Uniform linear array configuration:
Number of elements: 4
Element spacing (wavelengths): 0.5
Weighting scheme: exponential
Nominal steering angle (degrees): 15
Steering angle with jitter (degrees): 14.318
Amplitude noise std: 0.05
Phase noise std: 0.05

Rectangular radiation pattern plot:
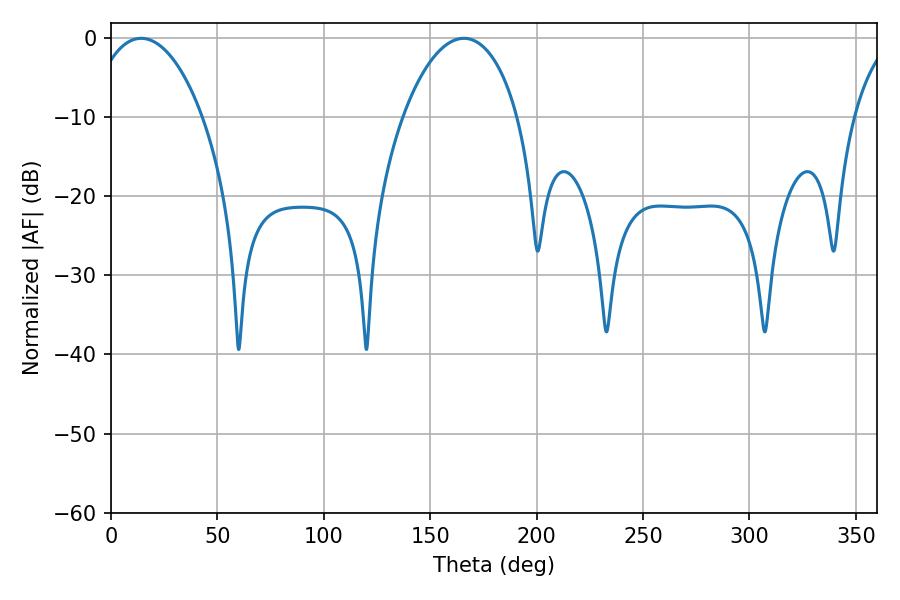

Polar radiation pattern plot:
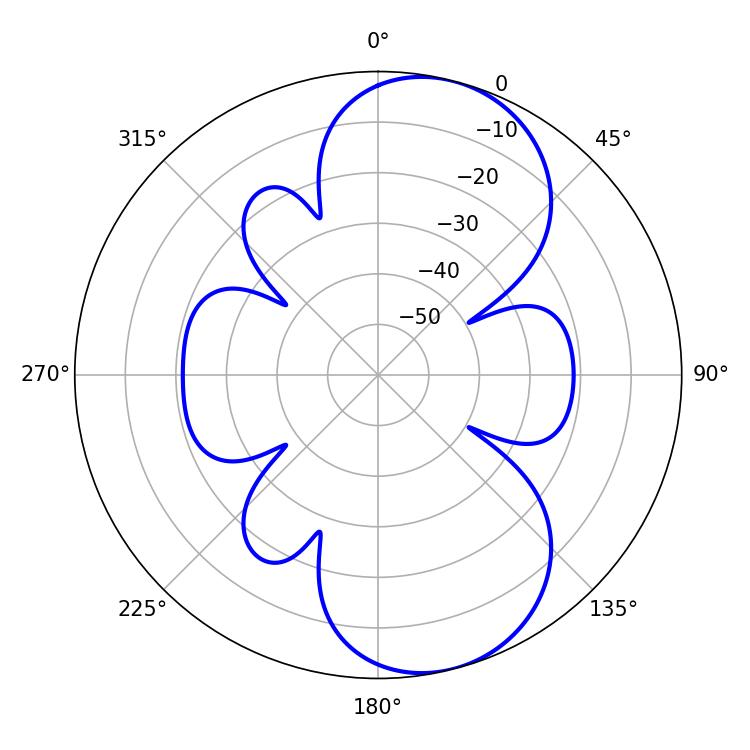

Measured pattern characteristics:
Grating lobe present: FALSE
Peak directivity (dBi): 8.526
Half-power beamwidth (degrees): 30.06
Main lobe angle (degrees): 14.22